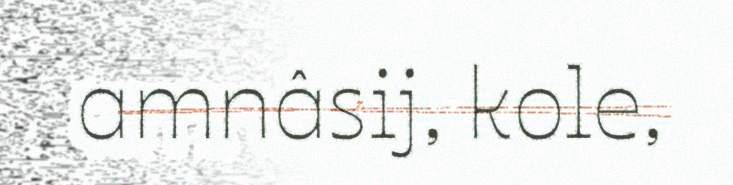
amnâsij, kole,